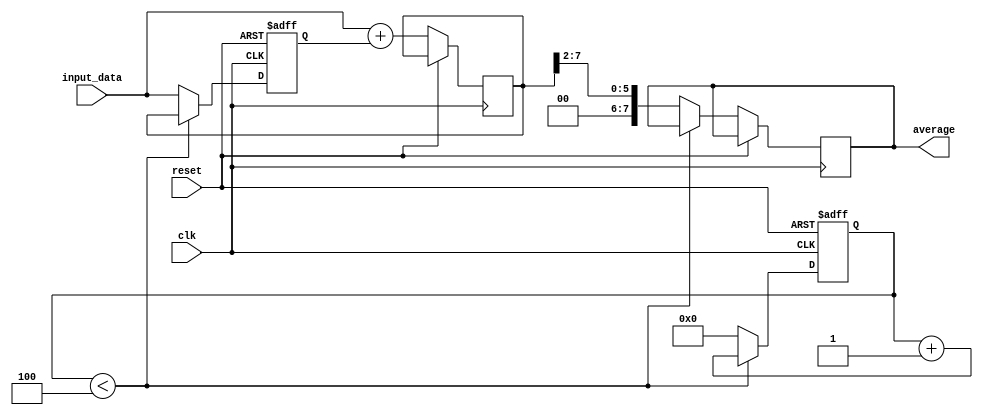
module moving_average_accumulator(
    input clk,
    input reset,
    input [7:0] input_data,
    output reg [7:0] average
);

reg [7:0] sum;
reg [7:0] count;
reg [7:0] temp;

always @(posedge clk or posedge reset) begin
    if (reset) begin
        sum <= 0;
        count <= 0;
    end else begin
        temp <= input_data + sum;
        if (count < 4) begin
            count <= count + 1;
            sum <= temp;
        end else begin
            average <= temp >> 2; // divide by 4 for moving average
            sum <= input_data;
            count <= 0;
        end
    end
end

endmodule